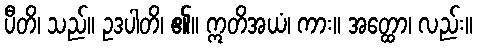
ပီတိ၊ သည်။ ဥဒပါတိ၊ ၏။ ဣတိအယံ၊ ကား။ အတ္ထော၊ လည်း။